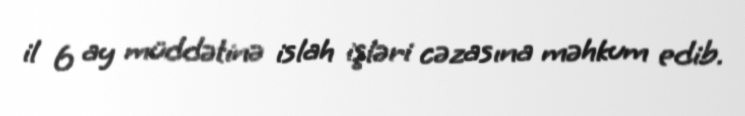
il 6 ay müddətinə islah işləri cəzasına məhkum edib.